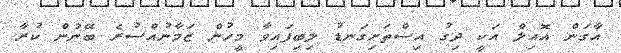
އާގަން އޮއިލް އަކީ ދިގު އިސްތަށިގަނޑު ލިބިފައިވާ މީހުން ޒަމާނުއްސުރެ ބޭނުން ކުރާ